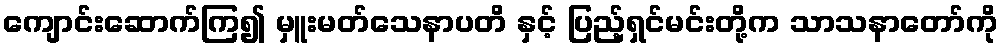
ကျောင်းဆောက်ကြ၍ မှူးမတ်သေနာပတိ နှင့် ပြည့်ရှင်မင်းတို့က သာသနာတော်ကို